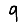
Digit: 9